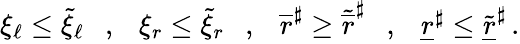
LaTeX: \begin{array}{r}{\xi_{\ell}\leq\widetilde{\xi}_{\ell}\ \ \ ,\ \ \ \xi_{r}\leq\widetilde{\xi}_{r}\ \ \ ,\ \ \ {\overline{{r}}}^{\sharp}\geq\widetilde{\overline{{r}}}^{\sharp}\ \ \ ,\ \ \ {\underline{{r}}}^{\sharp}\leq\widetilde{\underline{{r}}}^{\sharp}\, .}\end{array}